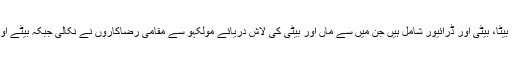
جاں بحق ہونے والوں میں ماں، بیٹا، بیٹی اور ڈرائیور شامل ہیں جن میں سے ماں اور بیٹی کی لاش دریائے مولکہو سے مقامی رضاکاروں نے نکالی جبکہ بیٹے اور ڈرائیور کی تلاش جاری ہے۔